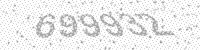
Solution: 699932